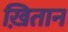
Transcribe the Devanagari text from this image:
ख़ितान